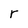
Character: r